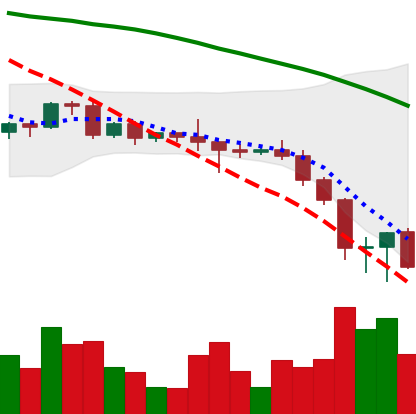
Ticker: BNB-USD
Chart end date: 2022-06-16
Forward return: 4.753%
Label: up_3_5